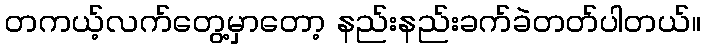
တကယ့်လက်တွေ့မှာတော့ နည်းနည်းခက်ခဲတတ်ပါတယ်။